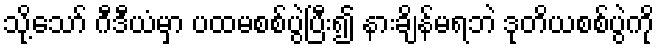
သို့သော် ဂီဒီယံမှာ ပထမစစ်ပွဲပြီး၍ နားချိန်မရဘဲ ဒုတိယစစ်ပွဲကို